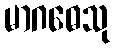
မာဂဓေသု